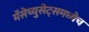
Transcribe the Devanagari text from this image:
मॅसेच्युसेट्समध्येच